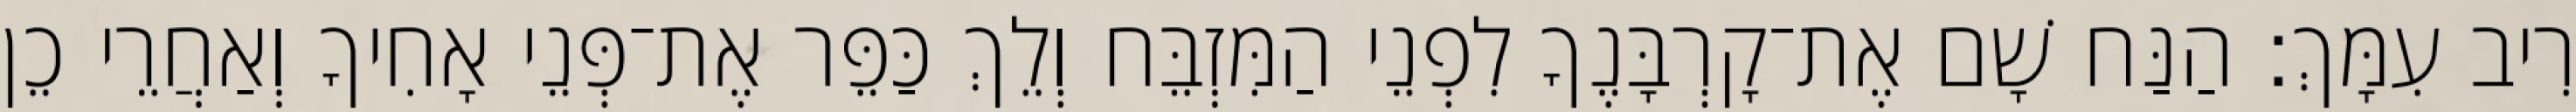
רִיב עִמָּךְ׃ הַנַּח שָׁם אֶת־קָרְבָּנֶךָ לִפְנֵי הַמִּזְבֵּח וְלֵךְ כַּפֵּר אֶת־פְּנֵי אָחִיךָ וְאַחֲרֵי כֵן